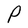
Character: P